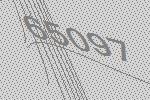
65097